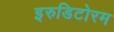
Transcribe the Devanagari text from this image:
इरुडिटोरम